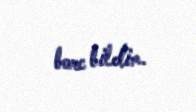
borc bildim.